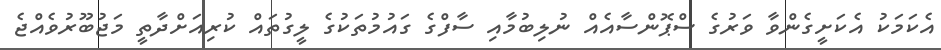
އެކަމަކު އެކަށީގެންވާ ވަރުގެ ސްޕޮންސާއެއް ނުލިބުމާއި ސާފްގެ ގައުމުތަކުގެ ލީގުތައް ކުރިއަށްދާތީ މަޖުބޫރުވެއްޖެ